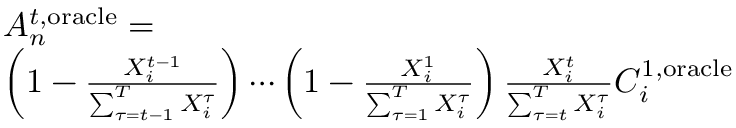
\begin{array} { r l } & { A _ { n } ^ { t , \mathrm { o r a c l e } } = } \\ & { \left( 1 - \frac { X _ { i } ^ { t - 1 } } { \sum _ { \tau = t - 1 } ^ { T } X _ { i } ^ { \tau } } \right) \cdots \left( 1 - \frac { X _ { i } ^ { 1 } } { \sum _ { \tau = 1 } ^ { T } X _ { i } ^ { \tau } } \right) \frac { X _ { i } ^ { t } } { \sum _ { \tau = t } ^ { T } X _ { i } ^ { \tau } } C _ { i } ^ { 1 , \mathrm { o r a c l e } } } \end{array}